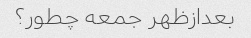
بعدازظهر جمعه چطور؟